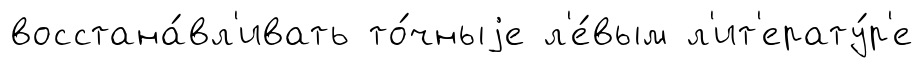
восстана́вл'ивать то́чныjе л'е́вым л'ит'ерату́р'е